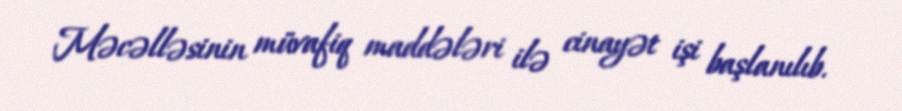
Məcəlləsinin müvafiq maddələri ilə cinayət işi başlanılıb.